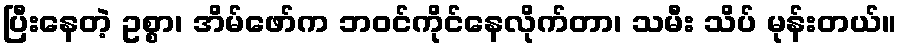
ပြီးနေတဲ့ ဥစ္စာ၊ အိမ်ဖော်က ဘဝင်ကိုင်နေလိုက်တာ၊ သမီး သိပ် မုန်းတယ်။